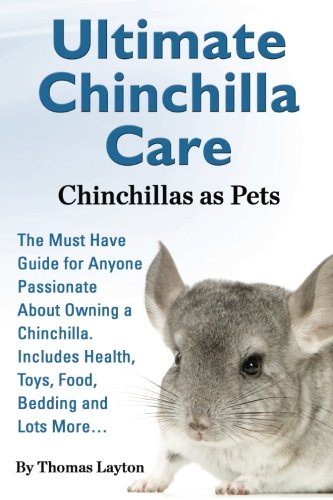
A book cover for Ultimate Chinchilla Care Chinchillas as Pets the Must Have Guide for Anyone Passionate about Owning a Chinchilla. Includes Health, Toys, Food, Bedding; Thomas Layton; Crafts, Hobbies & Home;